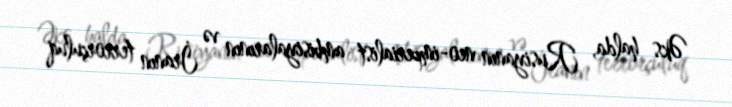
Əks halda, Rusiyanın neo-imperialist ambisiyalarının və İranın terrorçuluq